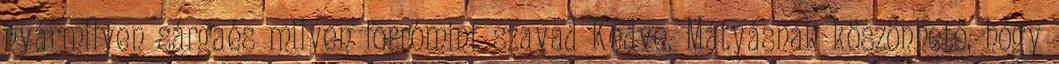
nyármilyen sárgaés milyen forrómint szavad Kedve. Mátyásnak köszönhető, hogy